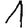
Digit: 1